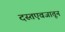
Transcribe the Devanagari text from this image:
दस्तएवजातून